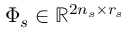
\Phi _ { s } \in \mathbb { R } ^ { 2 n _ { s } \times r _ { s } }